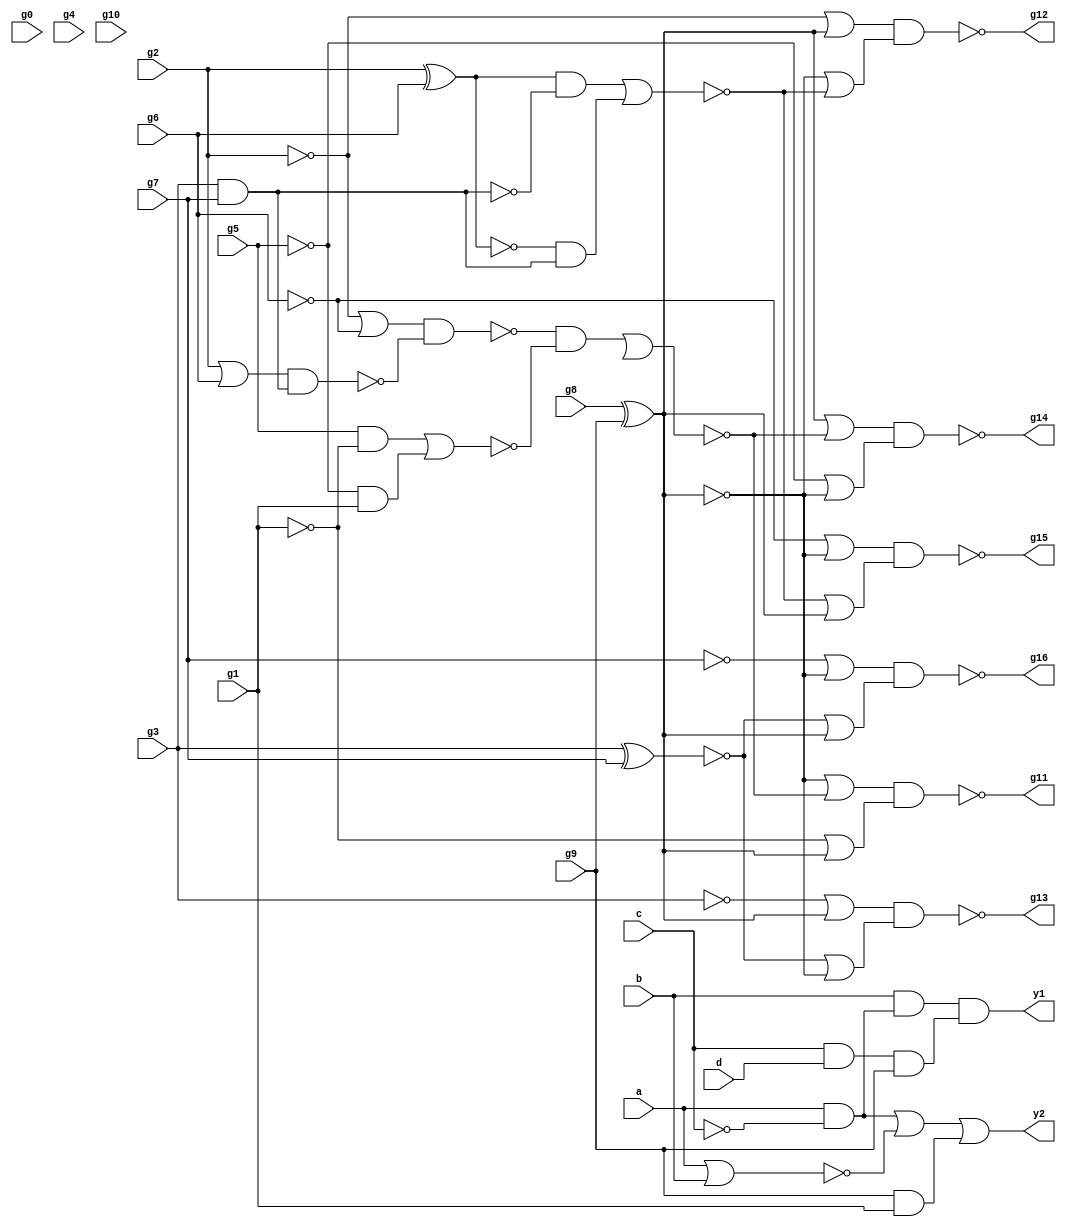
module top ( a , b , c , d , g0 , g1 , g2 , g3 , g4 , g5 , g6 , g7 , g8 , g9 , g10 , g11 , g12 , g13 , g14 , g15 , g16 , y1, y2);
input g0 , g1 , g2 , g3 , g4 , g5 , g6 , g7 , g8 , g9 , g10 , a , b , c , d;
output g11 , g12 , g13 , g14 , g15 , g16 , y1 , y2;
wire n1 , n2 , n3 , n4 , n5 , n6 , n7 , n8 , n9 ,
     n10 , n11 , n12 , n13 , n14 , n15 , n16 , n17 , n18 , n19 ,
     n20 , n21 , n22 , n23 , n24 , n25 , n26 , n27 , n28 , n29 ,
     n30 , n31 , n32 , n33 , n34 , n35 , n36 , n37 , n38 , n39 ,
     n40 , n41 , n42 , n43 , n44 , n45 , n46 , n47 , n48 , n49 ,
     n50 , n51 , n52 , n53 , n54 , n55 , n56 , n57 , n58 , n59 ,
     n60 , n61 , n62 , n63 , n64 , n65 , n66 , n67 , n68 , n69 ,
     n70 , w1 , w2 , w3 , w4 , w5;
wire t_0 ;

not ( w1 , c );
and ( w2 , a , w1 );
nor ( w3 , a , b );
and ( w4 , g9 , g1);
and ( w5 , c , d , g9);
and ( y1 , b , w2 , w5);
or ( y2 , w2 , w3 , w4 );

buf ( n1  , g0 );
buf ( n2  , g1 );
buf ( n3  , g2 );
buf ( n4  , g3 );
buf ( n5  , g4 );
buf ( n6  , g5 );
buf ( n7  , g6 );
buf ( n8  , g7 );
buf ( n9 , g8 );
buf ( n10 , g9 );
buf ( n11 , g10 );
buf ( g11 , n12  );
buf ( g12 , n13  );
buf ( g13 , n14  );
buf ( g14 , n15  );
buf ( g15 , n16  );
buf ( g16 , n17  );
buf ( n12 , n40 );
buf ( n13 , n65 );
buf ( n14 , n70 );
buf ( n15 , n44 );
buf ( n16 , n54 );
buf ( n17 , n60 );
xnor ( n20 , n9 , n10 );
not ( n21 , n3 );
not ( n22 , n7 );
or ( n23 , n21 , n22 );
nor ( n24 , n3 , n7 );
not ( n25 , n24 );
nand ( n26 , n4 , n8 );
not ( n27 , n26 );
nand ( n28 , n25 , n27 );
nand ( n29 , n23 , n28 );
not ( n30 , n2 );
and ( n31 , n6 , n30 );
not ( n32 , n6 );
and ( n33 , n32 , n2 );
nor ( n34 , n31 , n33 );
and ( n35 , n29 , n34 );
nor ( n36 , n35 , t_0 );
or ( n37 , n20 , n36 );
not ( n38 , n20 );
or ( n39 , n30 , n38 );
nand ( n40 , n37 , n39 );
or ( n41 , n38 , n36 );
not ( n42 , n6 );
or ( n43 , n42 , n20 );
nand ( n44 , n41 , n43 );
not ( n45 , n7 );
not ( n46 , n38 );
or ( n47 , n45 , n46 );
xor ( n48 , n3 , n7 );
and ( n49 , n48 , n26 );
not ( n50 , n48 );
and ( n51 , n50 , n27 );
nor ( n52 , n49 , n51 );
or ( n53 , n52 , n38 );
nand ( n54 , n47 , n53 );
not ( n55 , n8 );
not ( n56 , n38 );
or ( n57 , n55 , n56 );
xnor ( n58 , n4 , n8 );
or ( n59 , n58 , n38 );
nand ( n60 , n57 , n59 );
not ( n61 , n3 );
not ( n62 , n20 );
or ( n63 , n61 , n62 );
or ( n64 , n20 , n52 );
nand ( n65 , n63 , n64 );
not ( n66 , n4 );
not ( n67 , n20 );
or ( n68 , n66 , n67 );
or ( n69 , n58 , n20 );
nand ( n70 , n68 , n69 );
endmodule